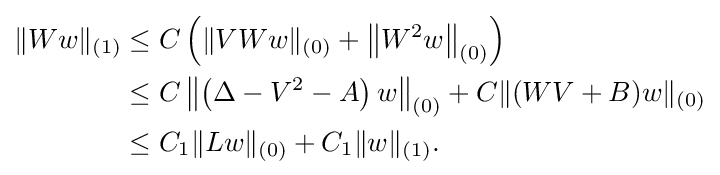
{\begin{aligned}\|Ww\|_{(1)}&\leq C\left(\|VWw\|_{(0)}+\left\|W^{2}w\right\|_{(0)}\right)\\&\leq C\left\|\left(\Delta -V^{2}-A\right)w\right\|_{(0)}+C\|(WV+B)w\|_{(0)}\\&\leq C_{1}\|Lw\|_{(0)}+C_{1}\|w\|_{(1)}.\end{aligned}}